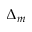
\Delta _ { m }